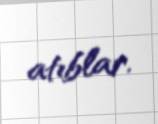
atıblar.